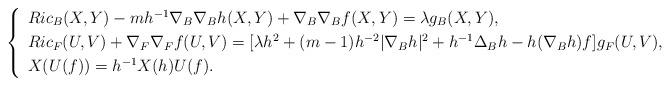
LaTeX: \begin{align*}\left\{ \begin{array}[pos]{lll}Ric_B(X,Y)-m h^{-1}\nabla_{B}\nabla_{B}h(X,Y)+\nabla_{B}\nabla_{B}f(X,Y)=\lambda g_{B}(X,Y),\\\noalign{\smallskip}Ric_{F}(U,V)+\nabla_{F}\nabla_{F}f(U,V)=[\lambda h^2+(m-1)h^{-2}|\nabla_{B}h|^{2}+h^{-1}\Delta_{B}h-h(\nabla_{B}h)f] g_{F}(U,V),\\\noalign{\smallskip}X(U(f)) = h^{-1}X(h)U(f).\end{array}\right.\end{align*}